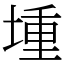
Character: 堹